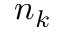
n _ { k }